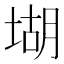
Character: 𡎁